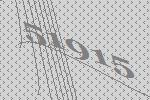
51915